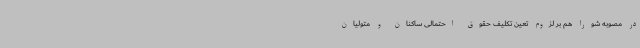
در مصوبه شورا هم بر لزوم تعین تکلیف حقوق احتمالی ساکنان و متولیان